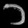
Digit: ၁